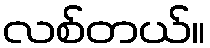
လစ်တယ်။